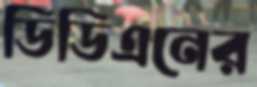
ডিডিএনের